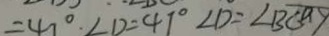
= 4 1 ^ { \circ } \angle D = 4 1 ^ { \circ } \angle D = \angle B C A